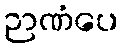
ဉာဏံပေ